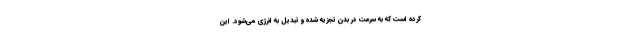
کرده است که به سرعت در بدن تجزیه شده و تبدیل به انرژی می‌شود. این